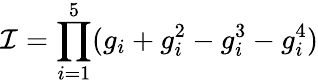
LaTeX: {\cal I}=\prod_{i=1}^{5}(g_{i}+g_{i}^{2}-g_{i}^{3}-g_{i}^{4})